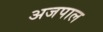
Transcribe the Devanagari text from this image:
अजपाल